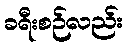
ခရီးစဉ်လည်း